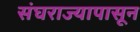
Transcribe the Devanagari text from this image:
संघराज्यापासून